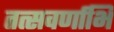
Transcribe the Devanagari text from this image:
तत्सवर्णाभि